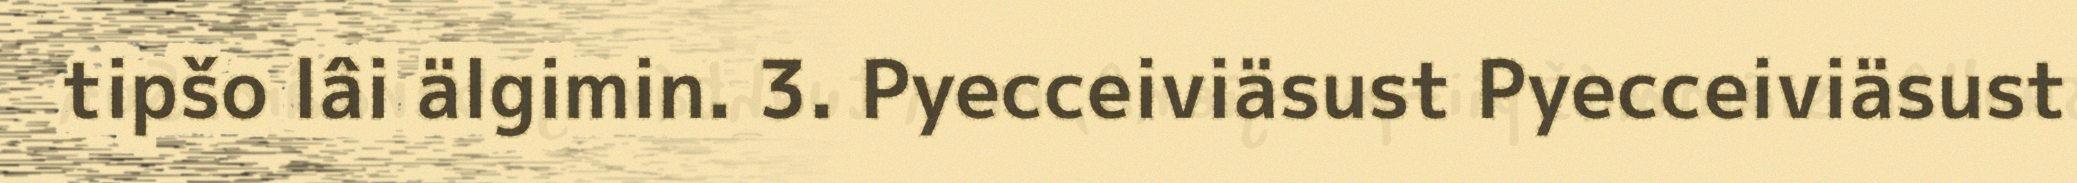
tipšo lâi älgimin. 3. Pyecceiviäsust Pyecceiviäsust